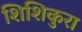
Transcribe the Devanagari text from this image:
शिशिकुरा